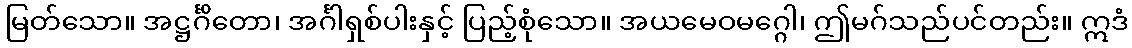
မြတ်သော။ အဋ္ဌင်္ဂိတော၊ အင်္ဂါရှစ်ပါးနှင့် ပြည့်စုံသော။ အယမေဝမဂ္ဂေါ၊ ဤမဂ်သည်ပင်တည်း။ ဣဒံ